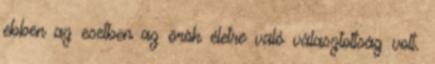
ebben az esetben az örök életre való választottság volt.